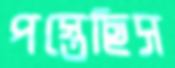
পস্তেছিস